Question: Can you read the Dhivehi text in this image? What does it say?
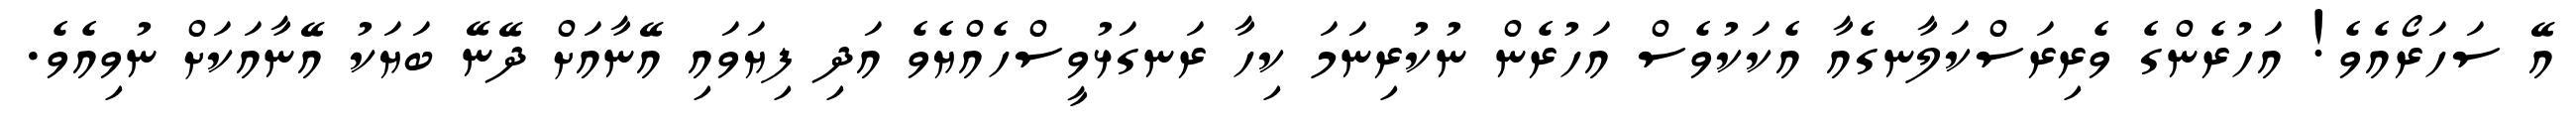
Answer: އޭ ސަހަރޯއެވެ! އަހުރެންގެ ވެރިރަސްކަލާނގެއާ އެކަކުވެސް އަހުރެން ނުކުރިނަމަ ކިހާ ރަނގަޅުވީސްހެއްޔެވެ އަދި ފިޔަވައި އޭނާއަށް ދޭނޭ ބަޔަކު އޭނާއަކަށް ނުވިއެވެ.